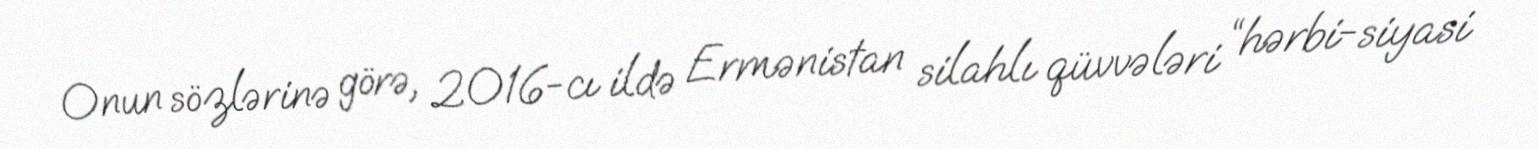
Onun sözlərinə görə, 2016-cı ildə Ermənistan silahlı qüvvələri “hərbi-siyasi